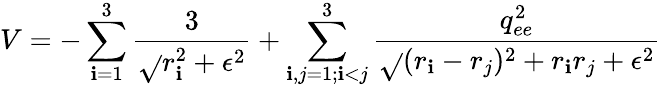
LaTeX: V=-\sum_{\mathbf{i}=1}^{3}\frac{{3}}{{\sqrt{}{{r_{\mathbf{i}}^{2}+\epsilon^{2}}}}}+\sum_{\mathbf{i},j=1;\mathbf{i}<j}^{3}\frac{{q_{ee}^{2}}}{{\sqrt{}{{(r_{\mathbf{i}}-r_{j})^{2}+r_{\mathbf{i}}r_{j}+\epsilon^{2}}}}}